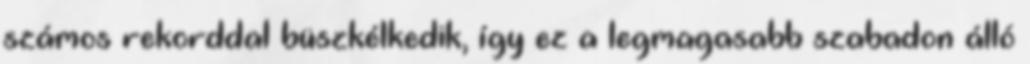
számos rekorddal büszkélkedik, így ez a legmagasabb szabadon álló